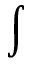
\displaystyle \int